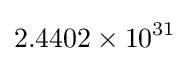
2.4402\times 10^{31}